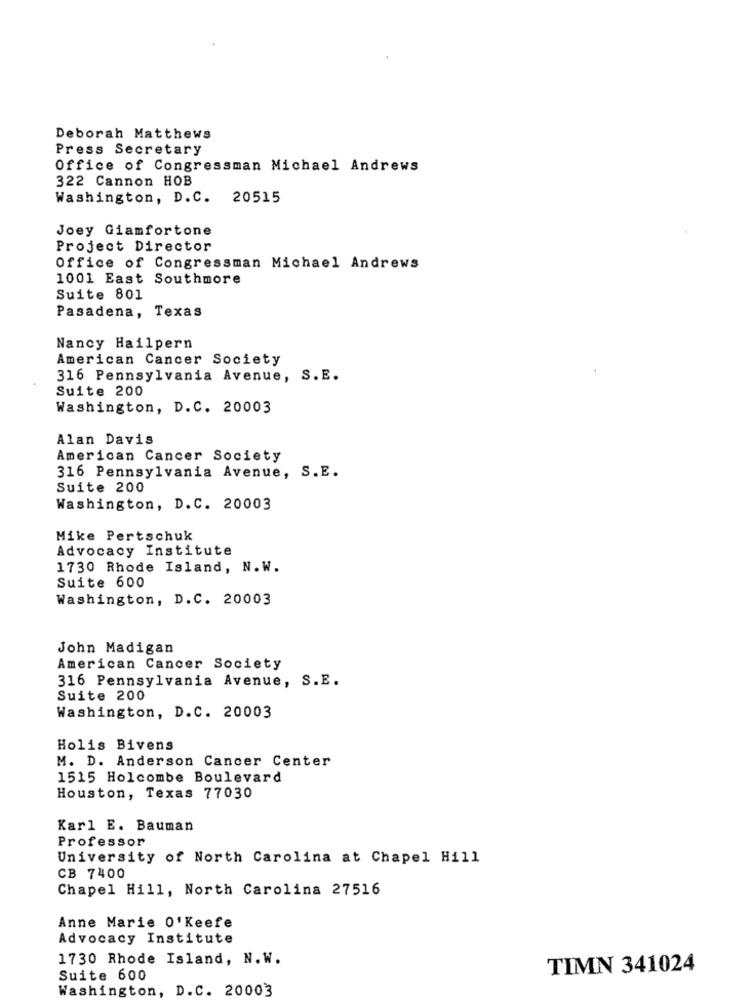
Deborah Matthews
Press Secretary
Office of Congressman Michael Andrews
322 Cannon HOB
Washington, D.C. 20515
Joey Giamfortone
Project Director
Office of Congressman Michael Andrews
1001 East Southmore
Suite 801
Pasadena, Texas
Nancy Hailpern
American Cancer Society
316 Pennsylvania Avenue, S.E.
Suite 200
Washington, D.C. 20003
Alan Davis
American Cancer Society
316 Pennsylvania Avenue, S.E.
Suite 200
Washington, D.C. 20003
Mike Pertschuk
Advocacy Institute
1730 Rhode Island, N. W.
Suite 600
Washington, D.C. 20003
John Madigan
American Cancer Society
316 Pennsylvania Avenue, S.E.
Suite 200
Washington, D.C. 20003
Holis Bivens
M. D. Anderson Cancer Center
1515 Holcombe Boulevard
Houston, Texas 77030
Karl E. Bauman
Professor
University of North Carolina at Chapel Hill
CB 7400
Chapel Hill, North Carolina 27516
Anne Marie O' Keefe
Advocacy Institute
1730 Rhode Island, N.W.
TIMN 341024
Suite 600
Washington, D.C. 20003